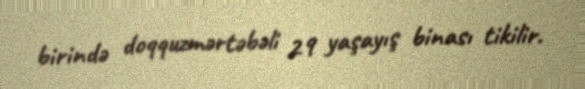
birində doqquzmərtəbəli 29 yaşayış binası tikilir.